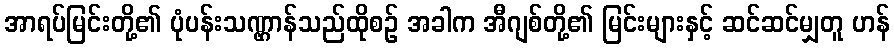
အာရပ်မြင်းတို့၏ ပုံပန်းသဏ္ဌာန်သည်ထိုစဉ် အခါက အီဂျစ်တို့၏ မြင်းများနှင့် ဆင်ဆင်မျှတူ ဟန်